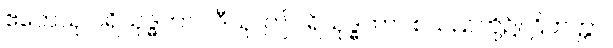
ဧတေသု ပရိသုဒ္ဓဘာဝါဒီသု၊ ဤပရိသုဒ္ဓဘာဝစသည်တို့၌။ ဌိတတ္တာ၊